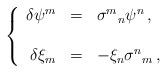
LaTeX: \begin{align*}\left\{\begin{array}{rcl}\delta \psi^{m} & = & \sigma^{m}{}_{n}\psi^{n}\, ,\\& & \\\delta \xi_{m} & = & -\xi_{n}\sigma^{n}{}_{m}\, ,\\\end{array}\right.\end{align*}